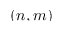
( n , m )